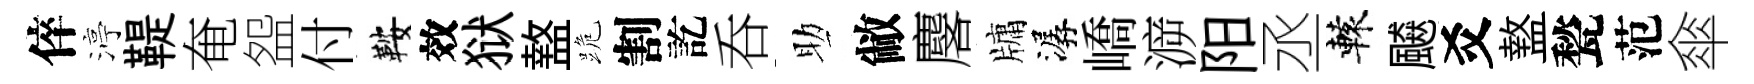
倅渟鞮奄盌付鞍效狱盩跪割訖呑助敝麐牗潺嶠㴑阳丞轅飇爻盩甃范傘